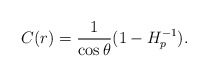
\begin{align*}C(r)={1\over{\cos\theta}}(1-H^{-1}_p).\end{align*}